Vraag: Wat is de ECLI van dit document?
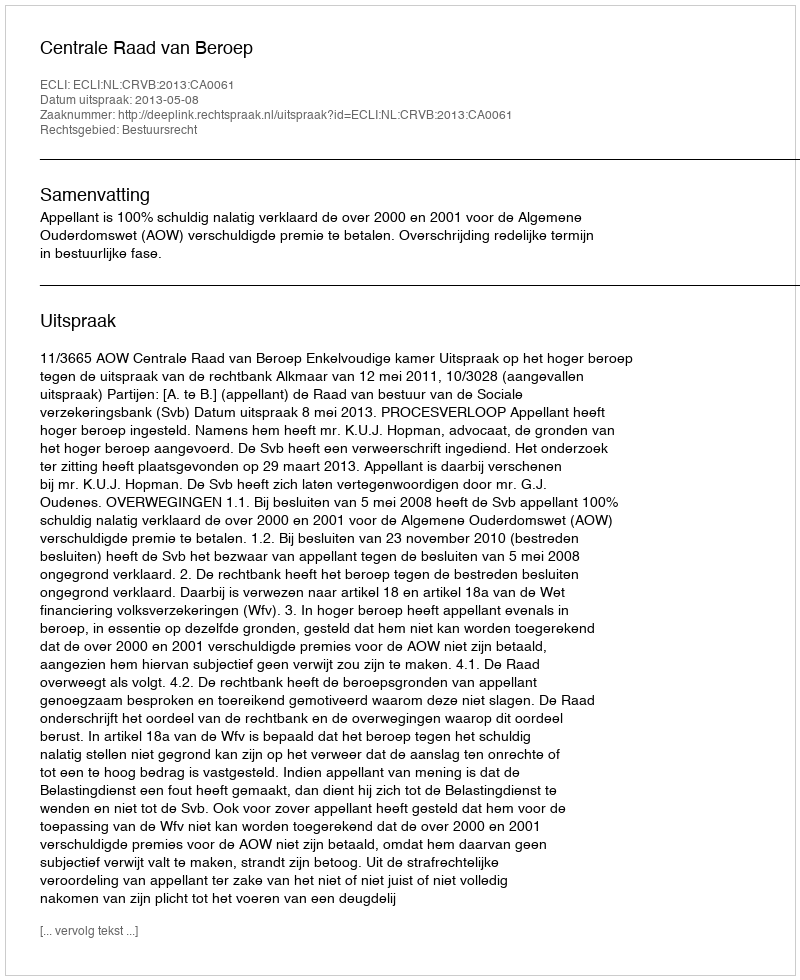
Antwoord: ECLI:NL:CRVB:2013:CA0061